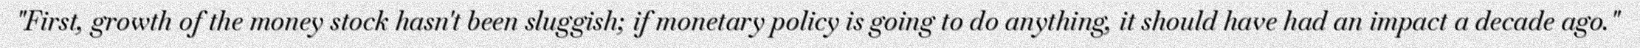
"First, growth of the money stock hasn't been sluggish; if monetary policy is going to do anything, it should have had an impact a decade ago."